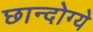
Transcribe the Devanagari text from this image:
छान्दोग्ये